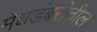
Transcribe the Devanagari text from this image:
मेघडंबरीतील